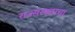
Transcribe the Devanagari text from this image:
राज्सरकारचा